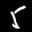
Label: 5